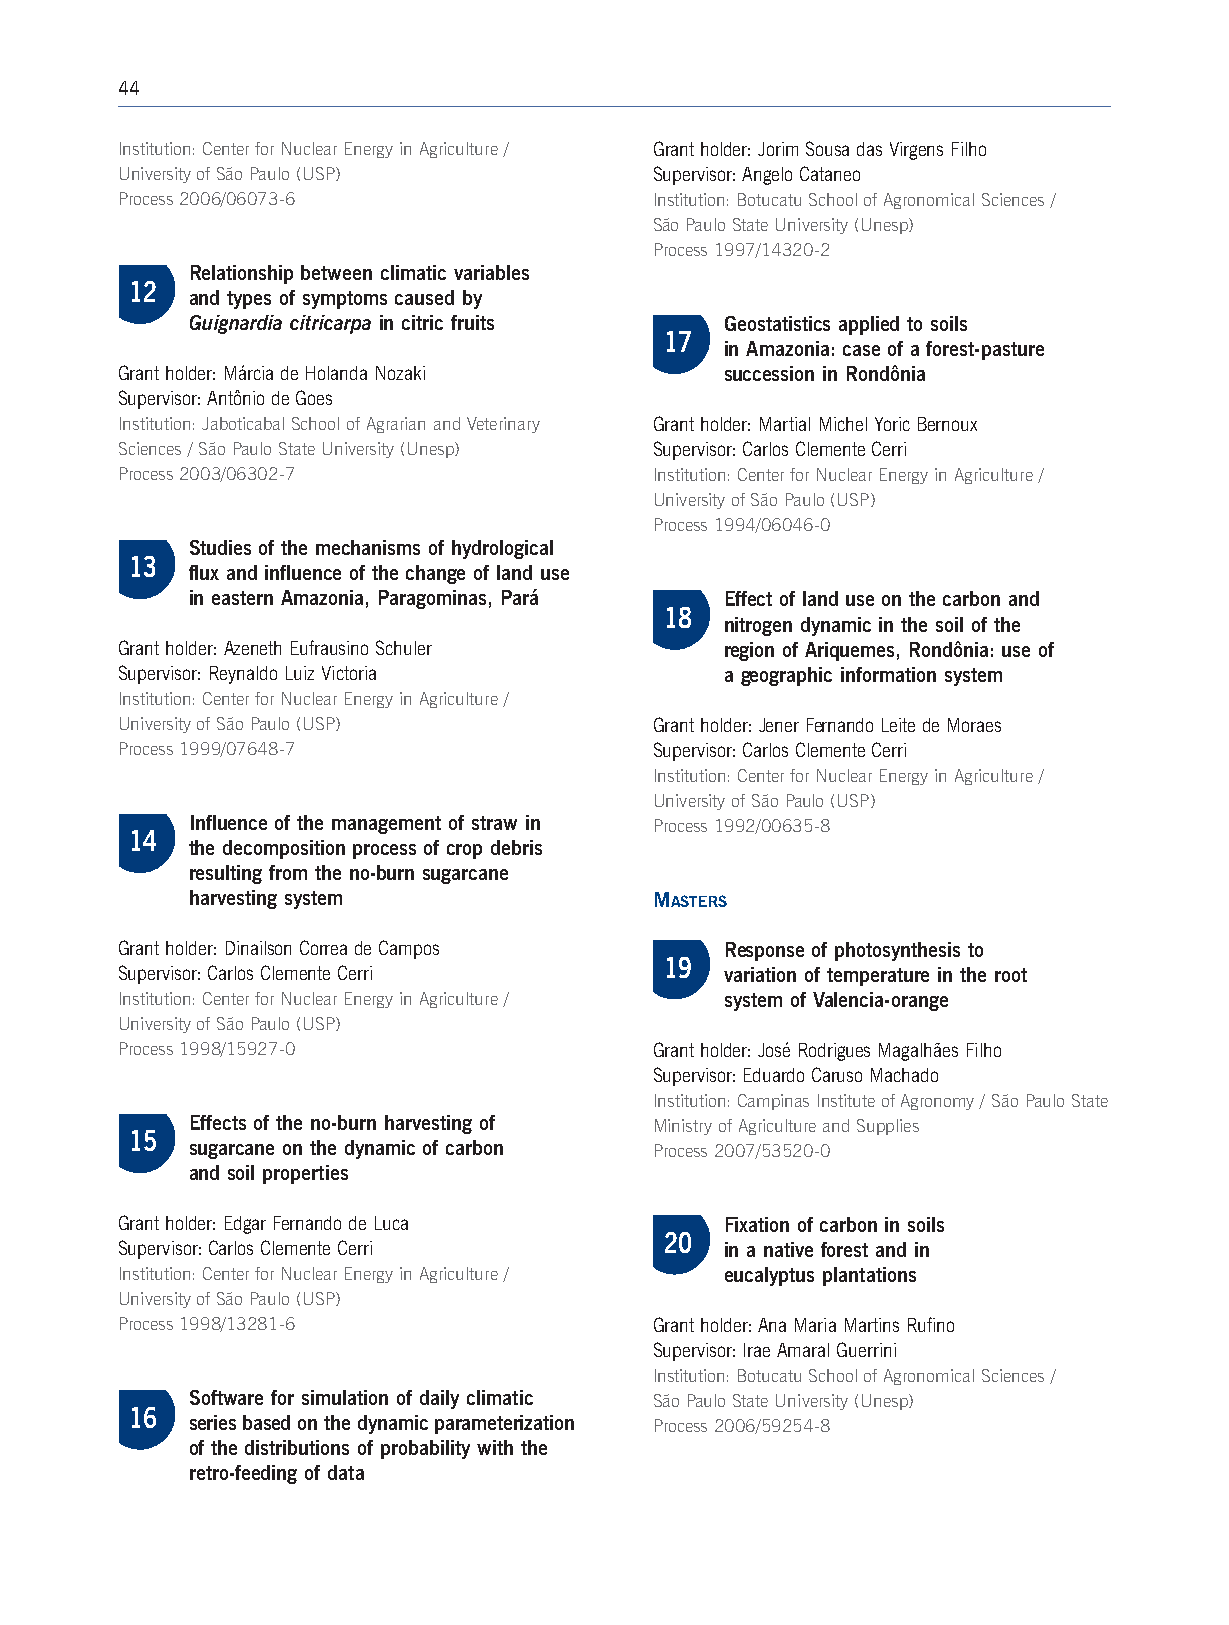
44
 Institution: Center for Nuclear Energy in Agriculture / Grant holder: Jorim Sousa das Virgens Filho
 University of São Paulo (USP)      Supervisor: Angelo Cataneo
 Process 2006/06073-6               Institution: Botucatu School of Agronomical Sciences /
 São Paulo State University (Unesp)
 Process 1997/14320-2
 Relationship between climatic variables
 12
 and types of symptoms caused by
 Guignardia citricarpa in citric fruits Geostatistics applied to soils
 17
 in Amazonia: case of a forest-pasture
 Grant holder: Márcia de Holanda Nozaki  succession in Rondônia
 Supervisor: Antônio de Goes
 Institution: Jaboticabal School of Agrarian and Veterinary Grant holder: Martial Michel Yoric Bernoux
 Sciences / São Paulo State University (Unesp) Supervisor: Carlos Clemente Cerri
 Process 2003/06302-7               Institution: Center for Nuclear Energy in Agriculture /
 University of São Paulo (USP)
 Process 1994/06046-0
 Studies of the mechanisms of hydrological
 13
 flux and influence of the change of land use
 in eastern Amazonia, Paragominas, Pará Effect of land use on the carbon and
 18
 nitrogen dynamic in the soil of the
 Grant holder:Azeneth Eufrausino Schuler region of Ariquemes, Rondônia: use of
 Supervisor: Reynaldo Luiz Victoria      a geographic information system
 Institution:Center for Nuclear Energy in Agriculture /
 University of São Paulo (USP)      Grant holder:Jener Fernando Leite de Moraes
 Process 1999/07648-7               Supervisor: Carlos Clemente Cerri
 Institution:Center for Nuclear Energy in Agriculture /
 University of São Paulo (USP)
 Influence of the management of straw in Process 1992/00635-8
 14
 the decomposition process of crop debris
 resulting from the no-burn sugarcane
 harvesting system             MASTERS
 Grant holder: Dinailson Correa de Campos Response of photosynthesis to
 19
 Supervisor: Carlos Clemente Cerri       variation of temperature in the root
 Institution: Center for Nuclear Energy in Agriculture / system of Valencia-orange
 University of São Paulo (USP)
 Process 1998/15927-0               Grant holder: José Rodrigues Magalhães Filho
 Supervisor: Eduardo Caruso Machado
 Institution:Campinas Institute of Agronomy / São Paulo State
 Effects of the no-burn harvesting of Ministry of Agriculture and Supplies
 15
 sugarcane on the dynamic of carbon Process 2007/53520-0
 and soil properties
 Grant holder: Edgar Fernando de Luca    Fixation of carbon in soils
 20
 Supervisor:Carlos Clemente Cerri        in a native forest and in
 Institution: Center for Nuclear Energy in Agriculture / eucalyptus plantations
 University of São Paulo (USP)
 Process 1998/13281-6               Grant holder:Ana Maria Martins Rufino
 Supervisor: Irae Amaral Guerrini
 Institution: Botucatu School of Agronomical Sciences /
 Software for simulation of daily climatic São Paulo State University (Unesp)
 16
 series based on the dynamic parameterization Process 2006/59254-8
 of the distributions of probability with the
 retro-feeding of data